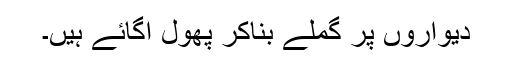
دیواروں پر گملے بناکر پھول اگائے ہیں۔